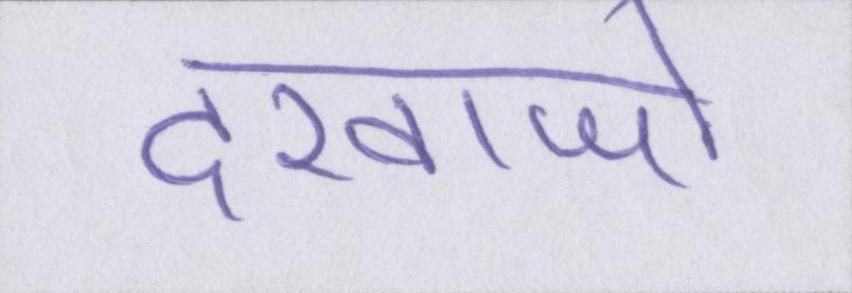
दरवाजो